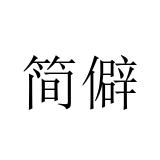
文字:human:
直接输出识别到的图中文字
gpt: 简僻